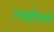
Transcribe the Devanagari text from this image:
त्याहीमागे